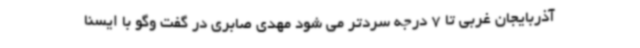
آذربایجان غربی تا 7 درجه سردتر می شود مهدی صابری در گفت وگو با ایسنا